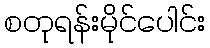
စတုရန်းမိုင်ပေါင်း